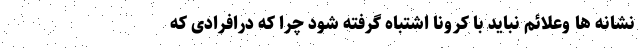
نشانه ها وعلائم نباید با کرونا اشتباه گرفته شود چرا که درافرادی که